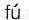
fú